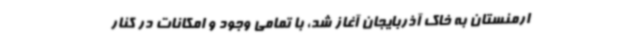
ارمنستان به خاک آذربایجان آغاز شد، با تمامی وجود و امکانات در کنار